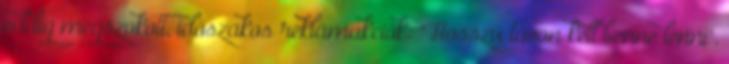
eddig megszokott, időszakos reklámakciók: "Hosszú távon kell benne lenni".